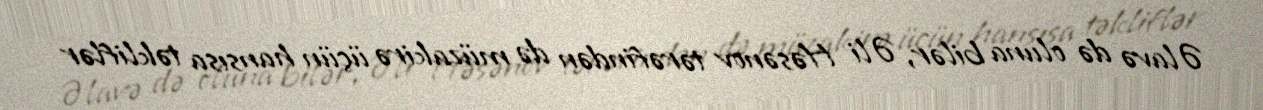
Əlavə də oluna bilər, Əli Həsənov tərəfindən də müzakirə üçün hansısa təkliflər